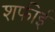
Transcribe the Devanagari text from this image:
शफीई